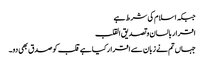
جبکہ اسلام کی شرط ہے
اقرار بالسان و تصدیق القلب
جہاں تم نے زبان سے اقرار کیا ہے قلب کو صدق بھی دو۔